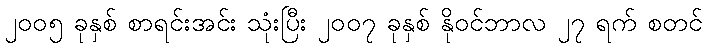
၂၀၀၅ ခုနှစ် စာရင်းအင်း သုံးပြီး ၂၀၀၇ ခုနှစ် နိုဝင်ဘာလ ၂၇ ရက် စတင်